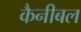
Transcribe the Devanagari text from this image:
कैनीबल